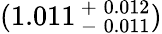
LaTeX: (1.011\, {}_{-}^{+}\, {}_{0.011}^{0.012})